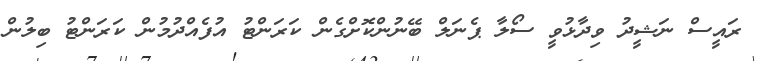
ރައީސް ނަޝީދު ވިދާޅުވީ ސޯލާ ޕެނަލް ބޭނުންކޮށްގެން ކަރަންޓު އުފެއްދުމުން ކަރަންޓު ބިލުން